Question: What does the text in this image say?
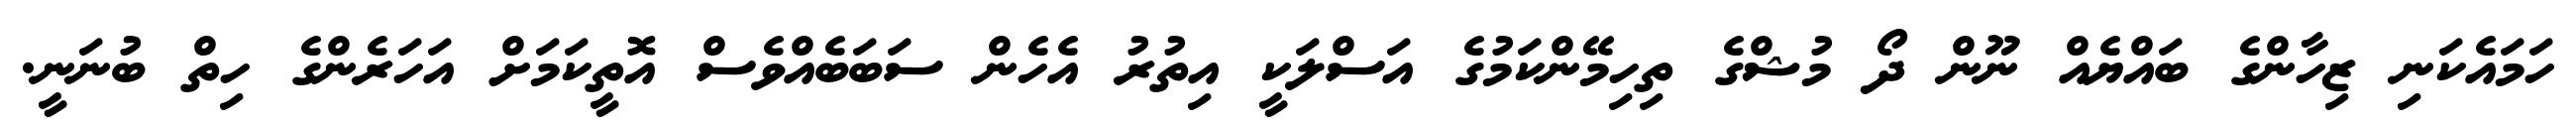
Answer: ހަމައެކަނި ޒިހާންގެ ބައްޔެއް ނޫން ދޯ މުޝްގެ ތިހިމޭންކަމުގެ އަސްލަކީ އިތުރު އެހެން ސަބަބެއްވެސް އޮތީކަމަށް އަހަރެންގެ ހިތް ބުނަނީ.